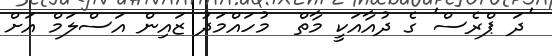
'ދަ ޕްރެސް' ގެ ދުއާއަކީ މާތް  މުހައްމަދު ޒައިން އަސްލަމް އަށް